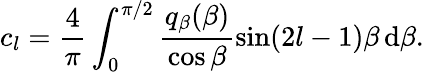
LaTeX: c_{l}=\frac 4\pi\int_{0}^{\pi/2}\frac{q_{\beta}(\beta)}{\cos\beta}\sin(2l-1)\beta\, \mathrm d\beta.